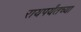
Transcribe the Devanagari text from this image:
रायपर्यंतच्या